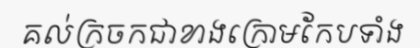
គល់ក្រចកជាខាងក្រោមកែបទាំង